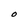
Character: O